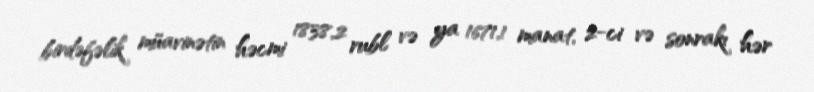
birdəfəlik müavinətin həcmi 1838,2 rubl və ya 1671,1 manat, 2-ci və sonrakı hər